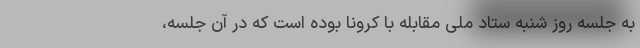
به جلسه روز شنبه ستاد ملی مقابله با کرونا بوده است که در آن جلسه،